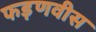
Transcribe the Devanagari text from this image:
फड़णवीस